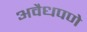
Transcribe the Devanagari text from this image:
अवैधपणे